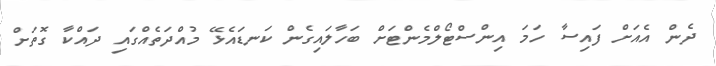
ދެން އެއަށް ފައިސާ ހަމަ އިންސްޓޯލްމެންޓަށް ބަހާލައިގެން ކަނޑައެޅޭ މުއްދަތެއްގައި ދައްކާ ގޮތަށް